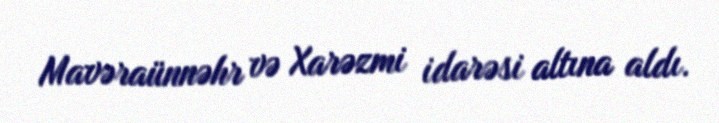
Mavəraünnəhr və Xarəzmi idarəsi altına aldı.